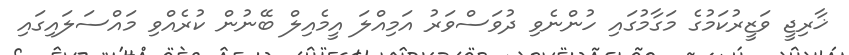
ޚާރިޖީ ވަޒީރުކަމުގެ މަގާމުގައި ހުންނެވި ދުވަސްވަރު އަމިއްލަ އީމެއިލް ބޭނުން ކުރެއްވި މައްސަލައިގައި